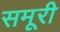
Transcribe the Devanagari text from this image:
समूरी